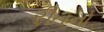
રીતનો